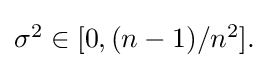
{\textstyle \sigma ^{2}\in [0,(n-1)/n^{2}].}